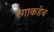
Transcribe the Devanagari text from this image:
रंगाकडेच